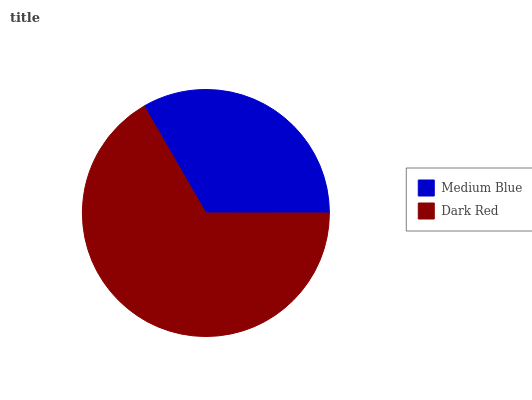
| Medium Blue | Dark Red |
 | --- | --- |
 | 33.3% | 66.7% |